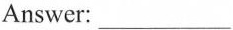
Answer:___